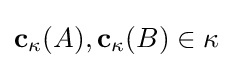
\mathbf {c} _{\kappa }(A),\mathbf {c} _{\kappa }(B)\in \kappa